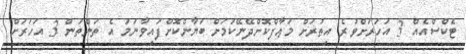
ޓެކްސްއެއް 3 އަހަރަށްވުރެ އިތުރަށް މަޢާފްކޮށްދޭނޭކަމަށް ބަޔާންކޮށްފައިވާނަމަ އެ ތަންތަން 3 އަހަރަށް